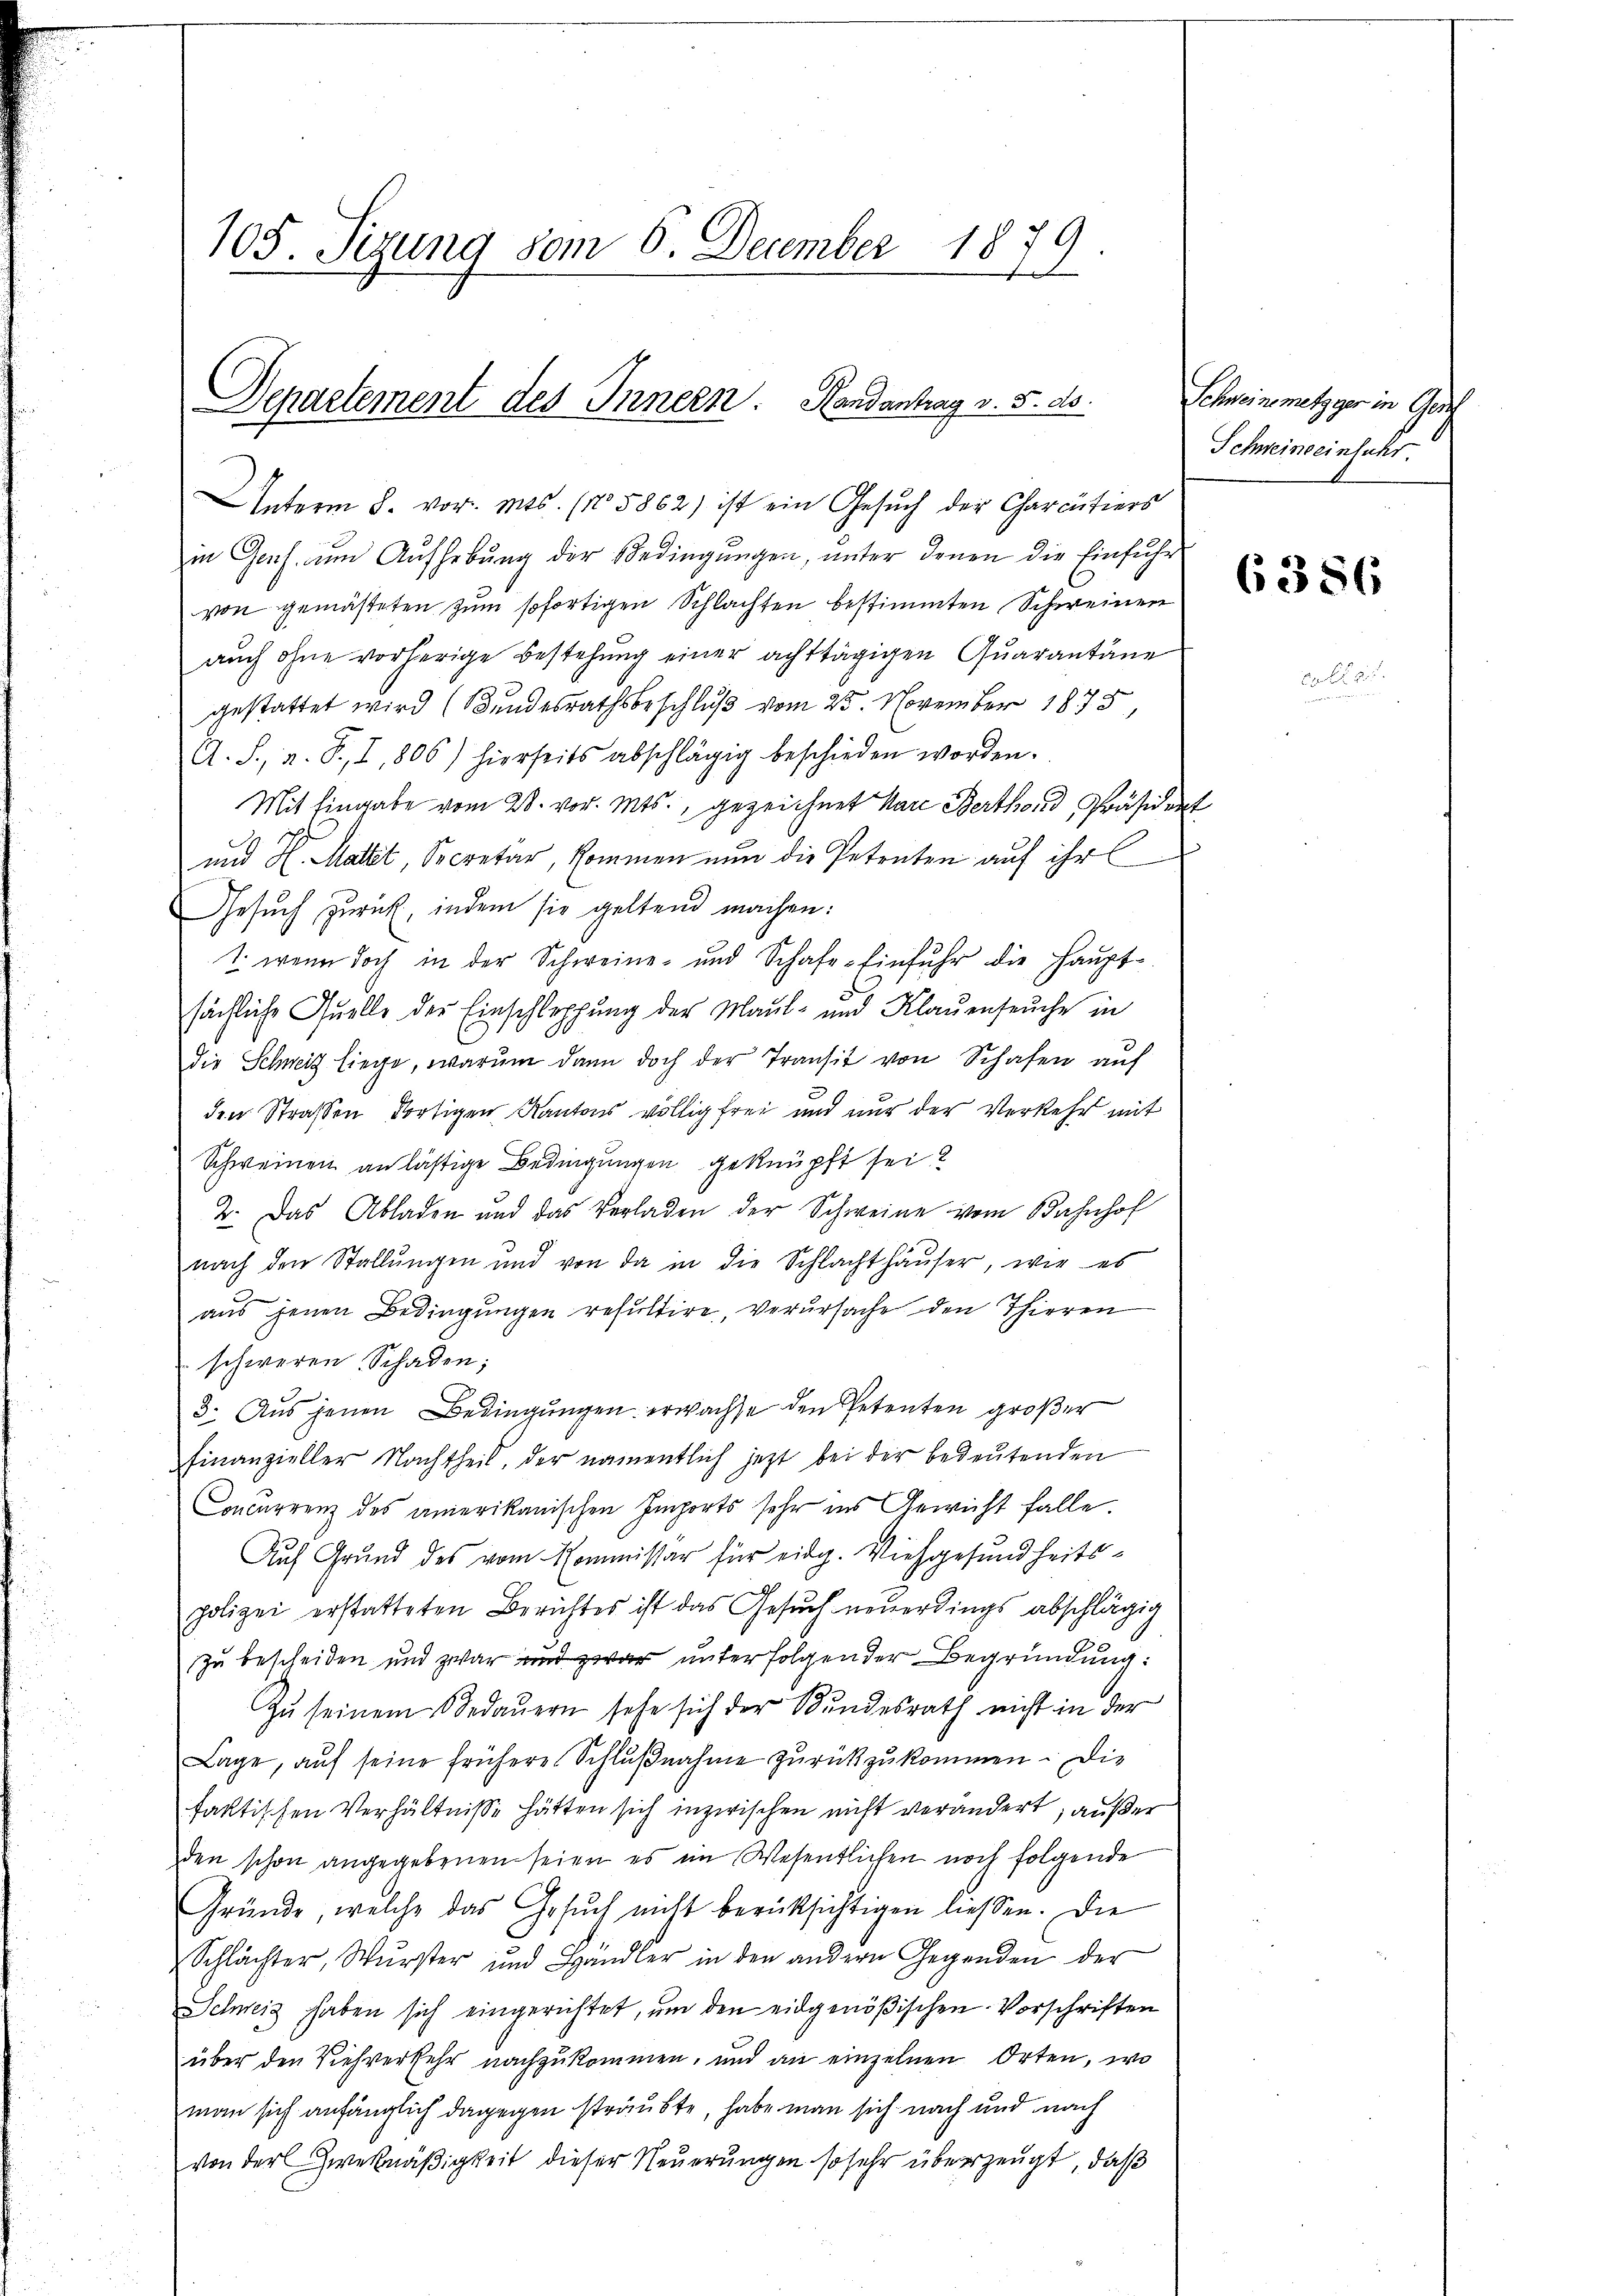
105. Sigung vom 6. December 1879

Departement des Innern. Handantrag v. 5. ds.

von gemästeten zum sofortigen Schlachten bestimmten Schweinen
auch ohne vorherige Bestehung einer achttägigen Quarantäne
gestattet wird (Bundesrathsbeschluß vom 25. November 1875,
G. S., a. S., I, 806) hierseits abschlägig beschieden worden.
Mit Eingabe vom 28. vor. Mts., gezeichnet Aare Berthand Präsident
und H. Mallit, Secretär, kommen nun die Petenten auf ihre
Gesŭch zurück, indem sie geltend machen:
1. wenn doch in der Schweine und Schafe-Einfuhr die Haupt-
sächliche Quelle der Einschlephung der Maul- und Klauenseuche in
e
die Schweiz liege, warum dann doch der Transit von Schafen auf
den Strassen dortigen Kantons völlig frei und nur der Verkehr mit
Schweinen anlästige Bedingungen geknüpft sei?
2. Das Abladen und das Verladen der Schweine vom Bahnhof
nach den Stallungen und von da in die Schlachthaŭser, wie es
aus jenen Bedingungen resultire, verursache den Thieren
schweren Schaden;
3. Aus jenen Bedingungen erwachse den Petenten großer
finanzieller Nachtheil, der namentlich jetzt bei der bedeutenden
Concurrenz des amerikanischen Emports sehr ins Gewicht falle.
Auf Grund des vom Kommissär für eidg. Viehgesundheitspolizei erstatteten Berichtes ist das Gesuch neuerdings abschlägig
zu bescheiden und zwar und zwar unterfolgender Begründung:
Zŭ seinem Bedauern sehe sich der Bundesrath nicht in der
Lage, auf seine frühere Schlŭβnahme zurückzukommen. Die
faktischen Verhältnisse hätten sich inzwischen nicht verändert, außer
den schon angegebenen seien es im Wesentlichen noch folgende
Gründe, welche das Gesŭch nicht berücksichtigen liessen. Die
Schlächter, Wurster und Handler in den andern Gegenden der
Schweiz haben sich eingerichtet, um den eidgenößischen Vorschriften
über den Viehverkehr nachzukommen, und an einzelnen Orten, wo
man sich anfänglich dagegen sträubte, habe man sich nach und nach
von der Zweckmäßigkeit dieser Neuerungen so sehr überzeugt, daß

Unterm 8. vor. Mts. (15862) ist ein Gesŭch der Charcitiers
in Genf, um Aufhebung der Bedingungen, unter denen die Einführ

Schreinmetzger in Gerich
Schweineeinfuhr.

6386